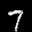
Label: 7